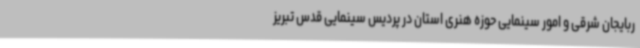
ربایجان شرقی و امور سینمایی حوزه هنری استان در پردیس سینمایی قدس تبریز